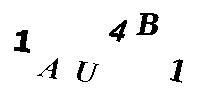
1AU4B1